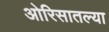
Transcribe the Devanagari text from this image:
ओरिसातल्या